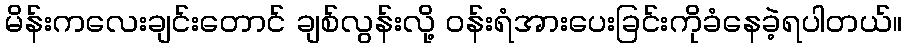
မိန်းကလေးချင်းတောင် ချစ်လွန်းလို့ ဝန်းရံအားပေးခြင်းကိုခံနေခဲ့ရပါတယ်။